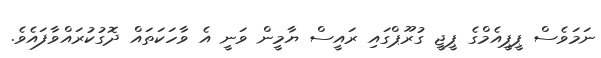
ނަމަވެސް ޕީޕީއެމްގެ ޕީޖީ ގުރޫޕްގައި ރައީސް ޔާމީން ވަނީ އެ ވާހަކަތައް ދޮގުކުރައްވާފައެވެ.